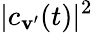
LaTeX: |c_{\mathbf{v}^{\prime}}(t)|^{2}